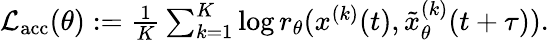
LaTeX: \begin{array}{r}{\textstyle\mathcal{L}_{\mathrm{acc}}(\theta):=\frac{1}{K}\sum_{k=1}^{K}\log r_{\theta}(x^{(k)}(t),\tilde{x}_{\theta}^{(k)}(t+\tau)).}\end{array}